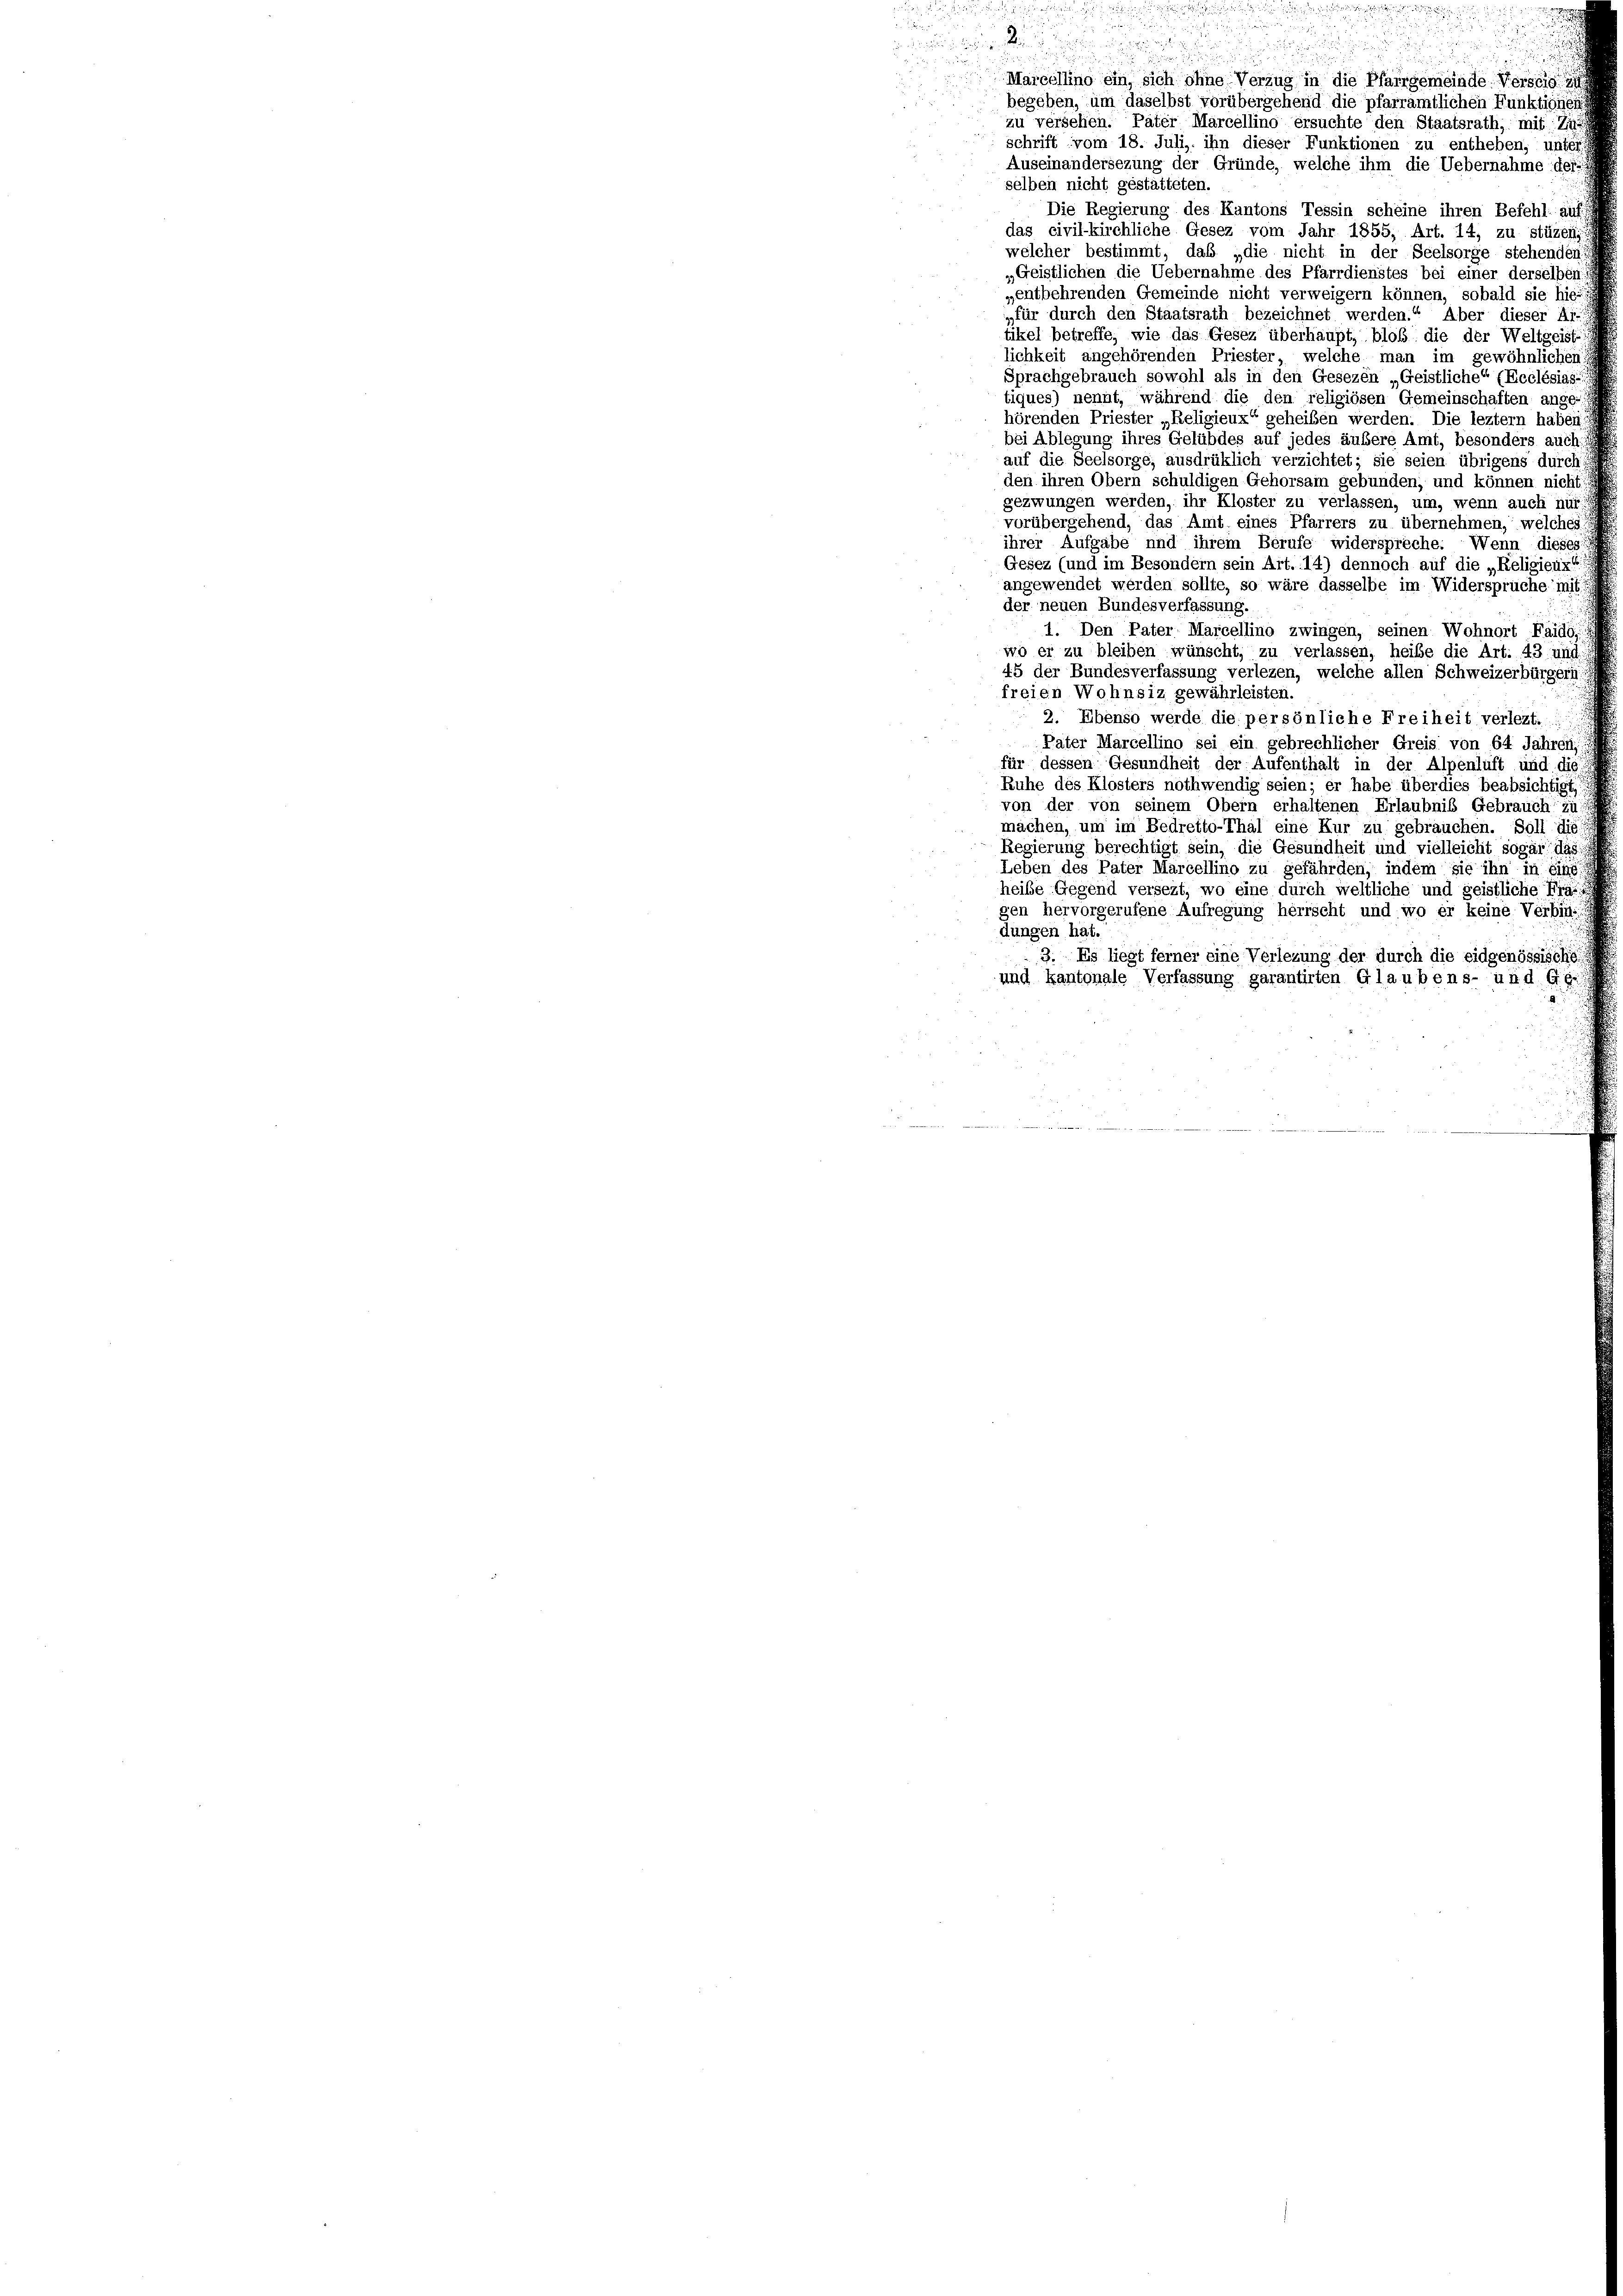
Marcellino ein, sich ohne Verzug in die Pfarrgemeinde Versorg
begeben, um daselbst vorübergehend die pfarramtlichen Funktignen
zu versehen. Pater Marcellino ersuchte den Staatsrath, mit Zus
schrift vom 18. Juli, ihn dieser Funktionen zu entheben, unte
Auseinandersezung der Gründe, welche ihm die Uebernahme des
selben nicht gestätteten.
Die Regierung des Kantons Tessin scheine ihren Befehl auf
das civil-kirchliche Gesez vom Jahr 1855, Art. 14, zu stüzeni
welcher bestimmt, das „die nicht in der Seelsorge stehenden
„Geistlichen die Uebernahme des Pfarrdienstes bei einer derselben
„entbehrenden Gemeinde nicht verweigern können, sobald sie hie
„für durch den Staatsrath bezeichnet werden.“ Aber dieser Ar-
tikel betreffe, wie das Gesez überhaupt, bloß die der Weltgeist-
lichkeit angehörenden Priester, welche man im gewöhnlichen
Sprachgebrauch sowohl als in den Gesezen „Geistliche“ (Ecclésias
tiques) nennt, während die den religiösen Gemeinschaften ange-
hörenden Priester „Religieux“ geheißen werden. Die leztem haben
bei Ablegung ihres Gelübdes auf jedes äußere Amt, besonders auch:
auf die Seelsorge, ausdrüklich verzichtet; sie seien übrigens durch
den ihren Obern schuldigen Gehorsam gebunden, und können nicht
gezwungen werden, ihr Kloster zu verlassen, um, wenn auch nur
vorübergehend, das Amt eines Pfarrers zu übernehmen, welches
ihrer Aufgabe und ihrem Berufe widerspreche. Wenn dieses
Gesez (und im Besondern sein Art. 14) dennoch auf die „Religieux
angewendet werden sollte, so wäre dasselbe im Widersprüche mit
der neuen Bundesverfassung.
1. Den Pater Marcellino zwingen, seinen Wohnort Faids,
wo er zu bleiben wünscht, zu verlassen, heibe die Art. 43 und
45 der Bundesverfassung verlegen, welche allen Schweizerbürgers
freien Wohnsiz gewährleisten.
2. Ebenso werde die persönliche Freiheit verlegt.
Pater Marcellino sei ein gebrechlicher Greis von 64. Jahrer
für dessen Gesundheit der Aufenthalt in der Alpenluft und die
Ruhe des Klosters nothwendig seien; er habe überdies beabsichtigt
von der von seinem Obern erhaltenen Erlaubniß Gebrauch zu
machen, um im Bedretto-Thal eine Kur zu gebrauchen. Soll die
Regierung berechtigt sein, die Gesundheit und vielleicht sogar das
Leben des Pater Marcellino zu gefährden, indem sie ihn in eine
heibe Gegend versezt, wo eine durch weltliche und geistliche Fräsgen hervorgerufene Aufregung herrscht und wo er keine Verbin
dungen hat.
3. Es liegt ferner eine Verlegung der durch die eidgenössische
und kantonale Verfassung garantirten Glaubens- und Gei

u

u

u